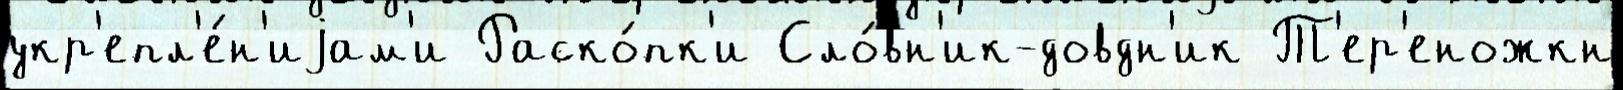
укр'епл'е́н'иjам'и Раско́пк'и Сло́вн'ик-довдн'ик Т'ер'еножкн